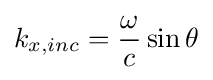
k_{x,inc}={\frac {\omega }{c}}\sin \theta